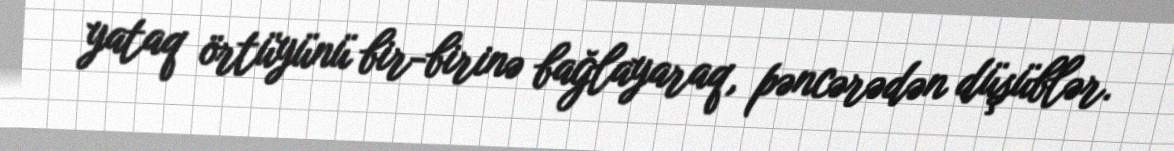
yataq örtüyünü bir-birinə bağlayaraq, pəncərədən düşüblər.